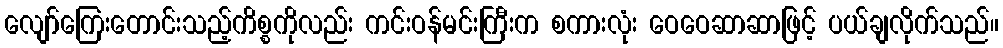
လျော်ကြေးတောင်းသည့်ကိစ္စကိုလည်း ကင်းဝန်မင်းကြီးက စကားလုံး ဝေဝေဆာဆာဖြင့် ပယ်ချလိုက်သည်။